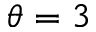
\theta = 3